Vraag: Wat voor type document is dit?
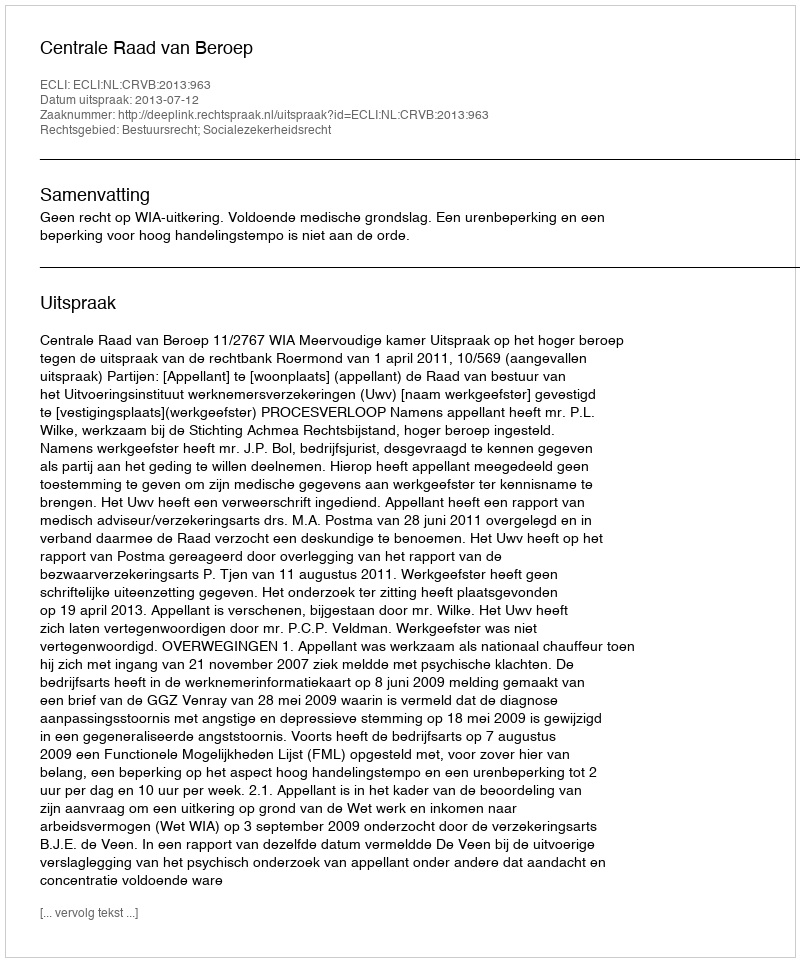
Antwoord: Uitspraak